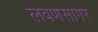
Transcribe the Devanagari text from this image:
लवणसागर